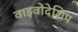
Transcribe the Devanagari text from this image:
वाइवोदेशिप